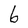
Character: 6